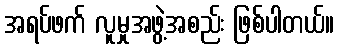
အရပ်ဖက် လူမှုအဖွဲ့အစည်း ဖြစ်ပါတယ်။